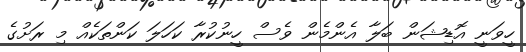
ހީވަނީ އޮޑިޝަން ބަލާ އެންމެން ވެސް ހީނުކުރާ ކަހަލަ ކަންތަކެއް މި ރަށުގެ